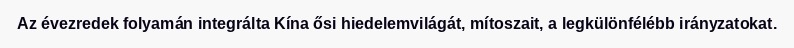
Az évezredek folyamán integrálta Kína ősi hiedelemvilágát, mítoszait, a legkülönfélébb irányzatokat.